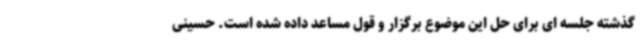
گذشته جلسه ای برای حل این موضوع برگزار و قول مساعد داده شده است. حسینی